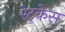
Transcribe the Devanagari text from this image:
रेट्केस